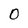
Character: 0